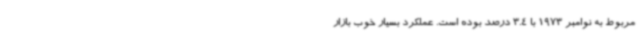
مربوط به نوامبر 1973 با 3.4 درصد بوده است. عملکرد بسیار خوب بازار